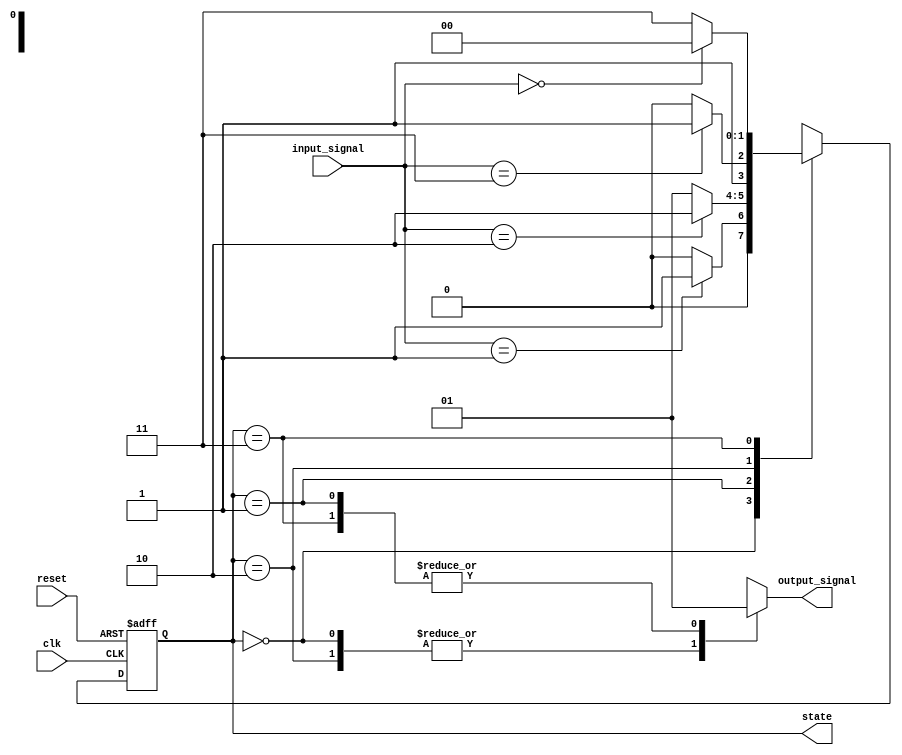
module fsm_preconfigured_init #(
    parameter STATE_WIDTH = 2,       // Width of the state variable
    parameter NUM_STATES = 4,        // Number of states
    parameter DEFAULT_STATE = 0       // Default state upon reset
)(
    input wire clk,                   // Clock signal
    input wire reset,                 // Reset signal (active high)
    input wire [1:0] input_signal,    // Input signals for state transition
    output reg [STATE_WIDTH-1:0] state, // Current state
    output reg output_signal          // Output signal based on state
);

    // State encoding
    localparam STATE_0 = 2'b00;
    localparam STATE_1 = 2'b01;
    localparam STATE_2 = 2'b10;
    localparam STATE_3 = 2'b11;

    // State transition logic
    always @(posedge clk or posedge reset) begin
        if (reset) begin
            // Initialize state to predefined default state
            state <= DEFAULT_STATE;
        end else begin
            // State transition based on input signals
            case (state)
                STATE_0: begin
                    if (input_signal == 2'b01)
                        state <= STATE_1;
                    else
                        state <= STATE_0;
                end
                STATE_1: begin
                    if (input_signal == 2'b10)
                        state <= STATE_2;
                    else
                        state <= STATE_1;
                end
                STATE_2: begin
                    if (input_signal == 2'b11)
                        state <= STATE_3;
                    else
                        state <= STATE_2;
                end
                STATE_3: begin
                    if (input_signal == 2'b00)
                        state <= STATE_0;
                    else
                        state <= STATE_3;
                end
                default: state <= DEFAULT_STATE; // Fallback to default state
            endcase
        end
    end

    // Output generation based on the current state
    always @(*) begin
        case (state)
            STATE_0: output_signal = 1'b0;
            STATE_1: output_signal = 1'b1; // Example output logic
            STATE_2: output_signal = 1'b0;
            STATE_3: output_signal = 1'b1; // Example output logic
            default: output_signal = 1'b0; // Default output
        endcase
    end

endmodule